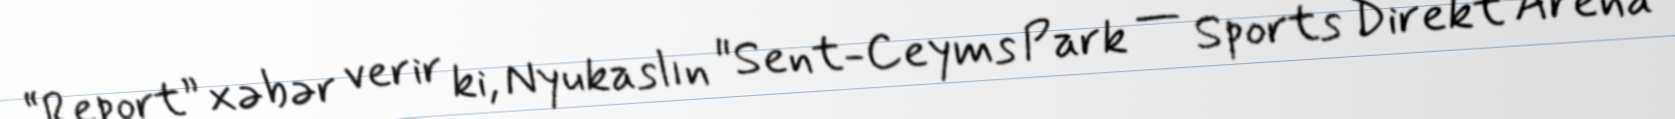
“Report” xəbər verir ki, Nyukaslın "Sent-Ceyms Park — Sports Direkt Arena"